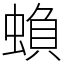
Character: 蝜